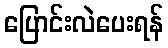
ပြောင်းလဲပေးရန်